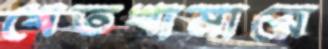
খেতখামারে